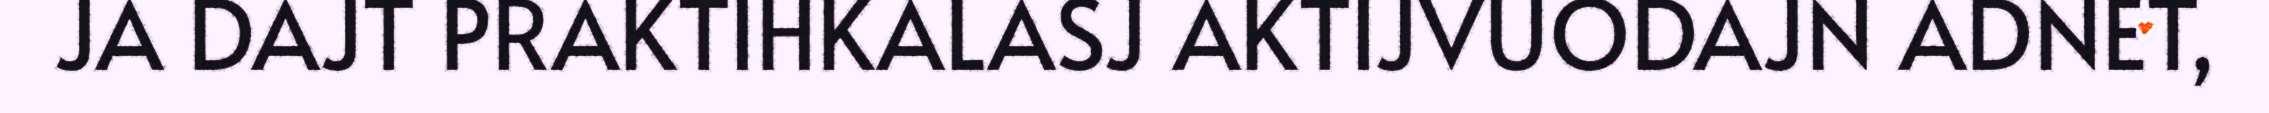
JA DAJT PRAKTIHKALASJ AKTIJVUODAJN ADNET,